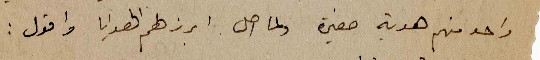
واحد منهم هدية صغيرة ولما اصل ابرزلهم الهدايا واقول: